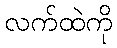
လက်ထဲကို